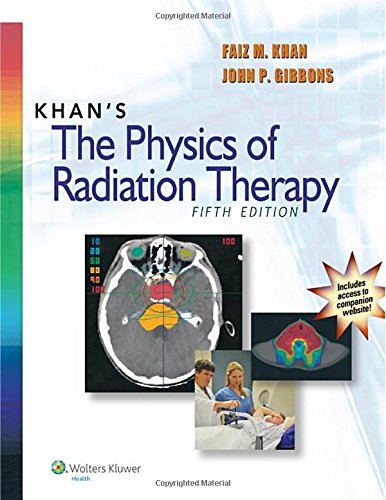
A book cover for Khan's The Physics of Radiation Therapy; Faiz M. Khan PhD; Medical Books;